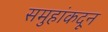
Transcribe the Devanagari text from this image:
समुहांकदून